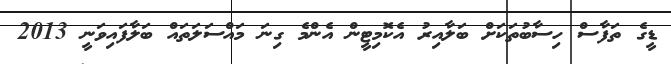
ޑީގެ ތަފާސް ހިސާބުތަކަށް ބަލާއިރު އެކޮމިޓީން އެންމެ ގިނަ މައްސަލަތައް ބަލާފައިވަނީ 2013